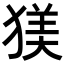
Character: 𪻄